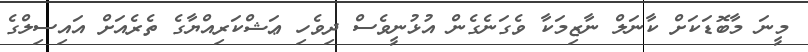
މީނަ މާބޮޑަކަށް ކާނަލް ނާޒިމަކާ ވެގަނެގެން އުޅުނީވެސް ދިވެހި ޢަޝްކަރިއްޔާގެ ތެރެއަށް އައިސިލްގެ